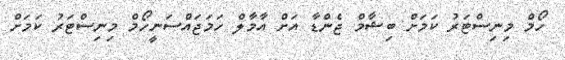
ހޯމް މިނިސްޓަރު ކަމަށް ބިޝާމް ޖެންޑާ އަށް އާމާލް ހަމަޖައްސަނީހޯމް މިނިސްޓަރު ކަމަށް